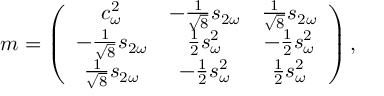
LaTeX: m = \left( \begin{array} { c c c } { { c _ { \omega } ^ { 2 } } } & { { - \frac { 1 } { \sqrt { 8 } } s _ { 2 \omega } } } & { { \frac { 1 } { \sqrt { 8 } } s _ { 2 \omega } } } \\ { { - \frac { 1 } { \sqrt { 8 } } s _ { 2 \omega } } } & { { \frac { 1 } { 2 } s _ { \omega } ^ { 2 } } } & { { - \frac { 1 } { 2 } s _ { \omega } ^ { 2 } } } \\ { { \frac { 1 } { \sqrt { 8 } } s _ { 2 \omega } } } & { { - \frac { 1 } { 2 } s _ { \omega } ^ { 2 } } } & { { \frac { 1 } { 2 } s _ { \omega } ^ { 2 } } } \end{array} \right) ,